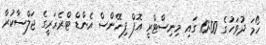
ހޯމަ ދުވަހުގެ 10:00 ގައި މިނިސްޓްރީ އޮފް ފިނޭންސް އެންޑް ޓްރެޜަރީގެ ޖަލްސާކުރާ